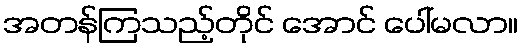
အတန်ကြသည့်တိုင် အောင် ပေါ်မလာ။